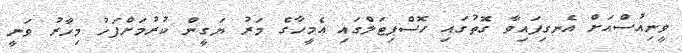
ވީނިއުސްއަށް އެނގިފައިވާ ގޮތުގައި ހޮސްޕިޓަލްގައި އެމީހާގެ މަރު ޔަގީން ކުރުމަށްފަހު މިހާރު ވަނީ